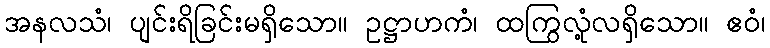
အနလသံ၊ ပျင်းရိခြင်းမရှိသော။ ဥဋ္ဌာဟကံ၊ ထကြွလုံ့လရှိသော။ ဧဝံ၊